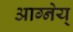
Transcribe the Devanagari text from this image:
आग्नेय्